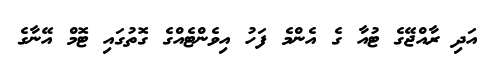
އަދި ރާއްޖޭގެ ޓުއާ ގެ އެންމެ ފަހު އިވެންޓެއްގެ ގޮތުގައި ޓޮމް އޭނާގެ